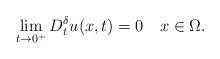
LaTeX: \begin{align*}\lim_{t\to 0^+}D_t^\delta u(x,t)=0\quad x\in\Omega.\end{align*}